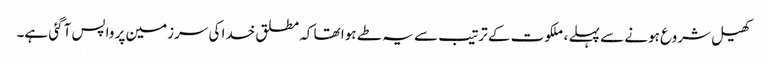
کھیل شروع ہونے سے پہلے ، ملکوت کے ترتیب سے یہ طے ہوا تھا کہ مطلق خدا کی سرزمین پر واپس آگئی ہے۔